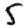
Digit: 5